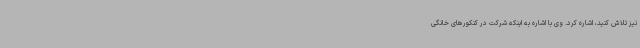
نیز تلاش کنید، اشاره کرد. وی با اشاره به اینکه شرکت در کنکورهای خانگی